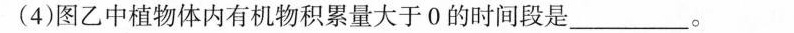
(4)图乙中植物体内有机物积累量大于0的时间段是___。